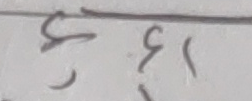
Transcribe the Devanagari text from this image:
५६१